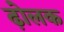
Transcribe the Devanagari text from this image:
ढ़ोलक